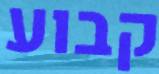
קבוע